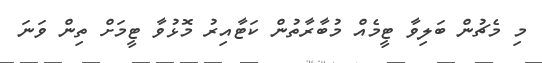
މި މެޗުން ބަލިވާ ޓީމެއް މުބާރާތުން ކަޓާއިރު މޮޅުވާ ޓީމަށް ތިން ވަނަ